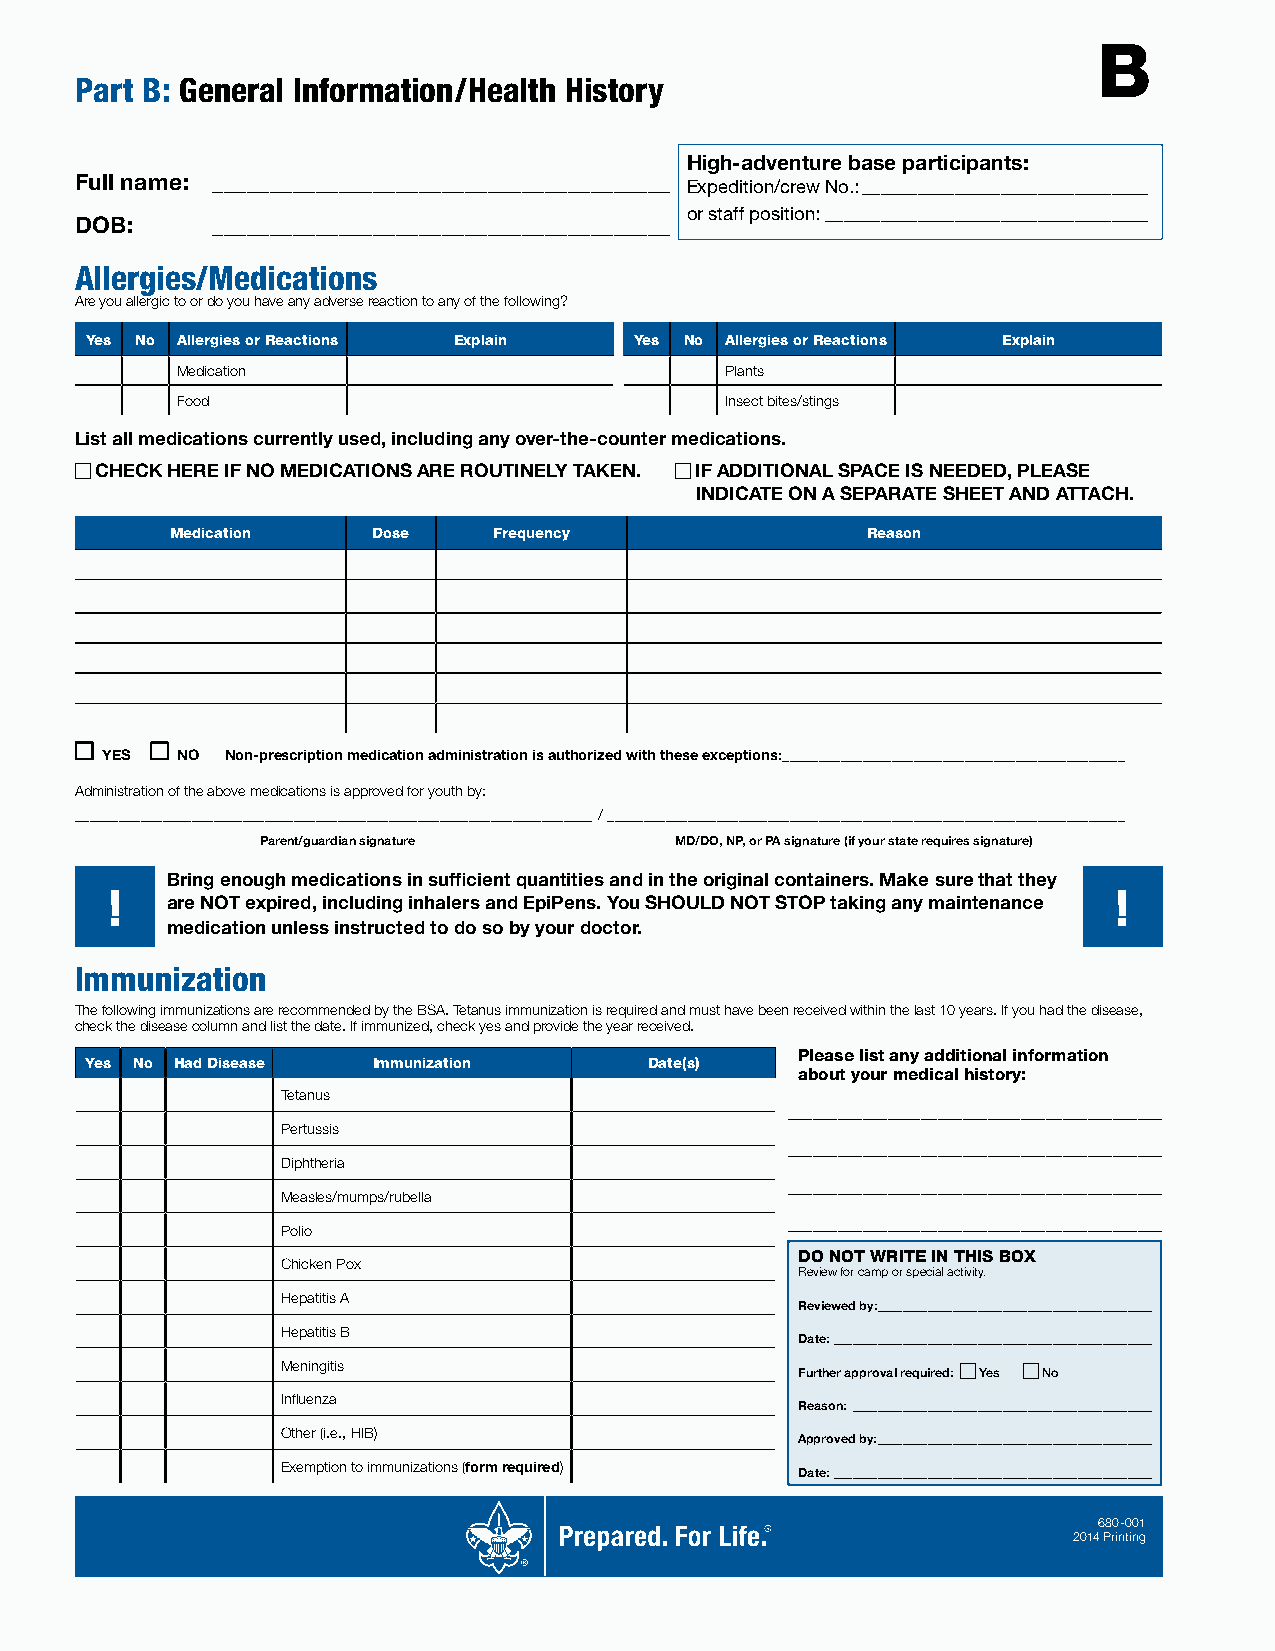
B
 Part B: General Information/Health History
 High-adventure base participants:
 Full name: ________________________________________
 Expedition/crew No.: _______________________________
 or staff position: ___________________________________
 DOB:     ________________________________________
 Allergies/Medications
 Are you allergic to or do you have any adverse reaction to any of the following?
 Yes No Allergies or Reactions Explain Yes No Allergies or Reactions Explain
 Medication                          Plants
 Food                                Insect bites/stings
 List all medications currently used, including any over-the-counter medications.
 CHECK HERE IF NO MEDICATIONS ARE ROUTINELY TAKEN. IF ADDITIONAL SPACE IS NEEDED, PLEASE
 INDICATE ON A SEPARATE SHEET AND ATTACH.
 Medication    Dose    Frequency               Reason
 YES  NO Non-prescription medication administration is authorized with these exceptions:_______________________________________________
 Administration of the above medications is approved for youth by:
 _______________________________________________________________________/ _______________________________________________________________________
 Parent/guardian signature   MD/DO, NP, or PA signature (if your state requires signature)
 Bring enough medications in sufficient quantities and in the original containers. Make sure that they
 !                                                                  !
 are NOT expired, including inhalers and EpiPens. You SHOULD NOT STOP taking any maintenance
 medication unless instructed to do so by your doctor.
 Immunization
 The following immunizations are recommended by the BSA. Tetanus immunization is required and must have been received within the last 10 years. If you had the disease,
 check the disease column and list the date. If immunized, check yes and provide the year received.
 Please list any additional information
 Yes No Had Disease Immunization      Date(s)
 about your medical history:
 Tetanus
 _____________________________________________
 Pertussis
 _____________________________________________
 Diphtheria
 _____________________________________________
 Measles/mumps/rubella
 _____________________________________________
 Polio
 DO NOT WRITE IN THIS BOX
 Chicken Pox
 Review for camp or special activity.
 Hepatitis A
 Reviewed by: ____________________________________________
 Hepatitis B
 Date: ___________________________________________________
 Meningitis
 Further approval required: Yes No
 Influenza
 Reason: ________________________________________________
 Other (i.e., HIB)
 Approved by: ____________________________________________
 Exemption to immunizations (form required)
 Date: ___________________________________________________
 680-001
 2014 Printing